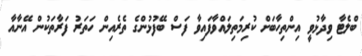
ބްލެޓާ ވިދާޅުވީ އިންތިހާބަށް ކުރިމަތިލައްވާފައިވާ ފަސް ބޭފުޅުންގެ ތެރެއިން ހަތަރު ފަރާތަކުން އޭނާއާ